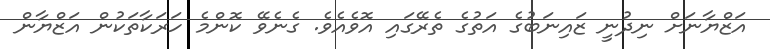
އަޒްޔާނަށް ނިދުނީ ޒައިނަބުގެ އަތުގެ ތެރޭގައި އޮވެއެވެ. ގެނެވޭ ކޮންމެ ހަރަކާތަކުން އަޒްޔާން